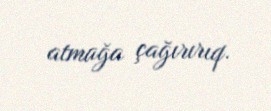
atmağa çağırırıq.